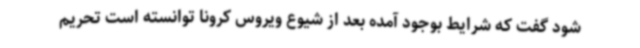
شود گفت که شرایط بوجود آمده بعد از شیوع ویروس کرونا توانسته است تحریم